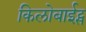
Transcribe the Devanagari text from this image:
किलोबाईट्स